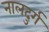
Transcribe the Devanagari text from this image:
नालदुर्ग